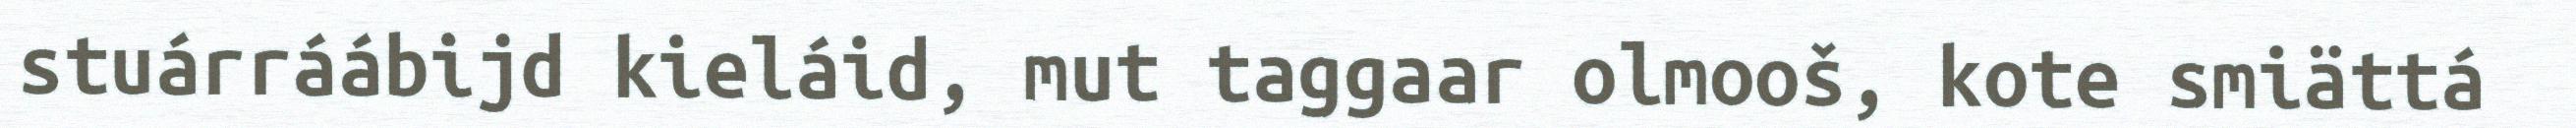
stuárráábijd kieláid, mut taggaar olmooš, kote smiättá